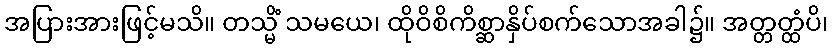
အပြားအားဖြင့်မသိ။ တသ္မိံ သမယေ၊ ထိုဝိစိကိစ္ဆာနှိပ်စက်သောအခါ၌။ အတ္တတ္ထံပိ၊